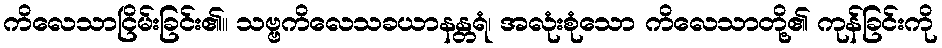
ကိလေသာငြိမ်းခြင်း၏။ သဗ္ဗကိလေသခယာနန္တရံ၊ အလုံးစုံသော ကိလေသာတို့၏ ကုန်ခြင်းကို